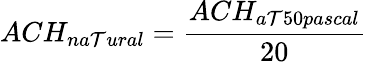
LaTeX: ACH_{na\mathcal{T}ural}={\frac{{ACH_{a\mathcal{T}50pascal}}}{{20}}}\,